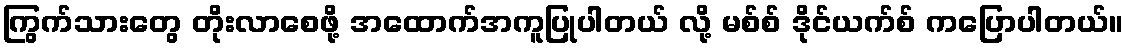
ကြွက်သားတွေ တိုးလာစေဖို့ အထောက်အကူပြုပါတယ် လို့ မစ်စ် ဒိုင်ယက်စ် ကပြောပါတယ်။